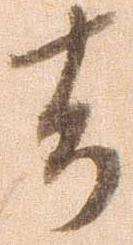
者